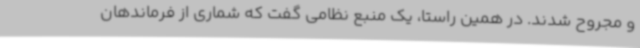
و مجروح شدند. در همین راستا، یک منبع نظامی گفت که شماری از فرماندهان